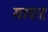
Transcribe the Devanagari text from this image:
याएर